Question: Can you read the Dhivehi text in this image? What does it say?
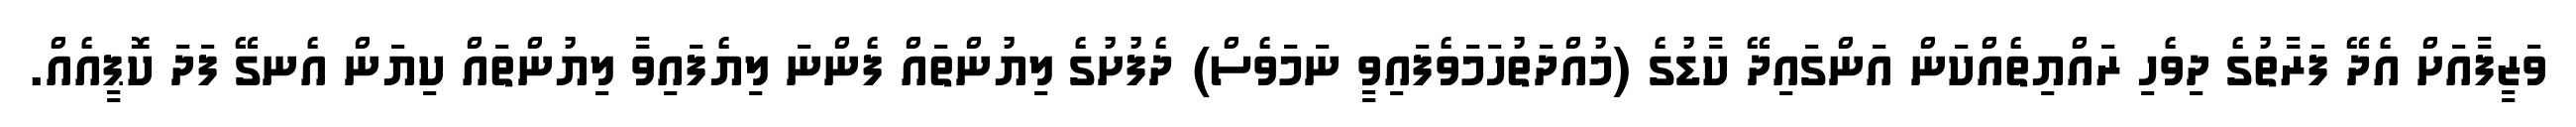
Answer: ވަޒީފާއަށް އެދޭ ފަރާތުގެ ދިވެހި ރައްޔިތެއްކަން އަންގައިދޭ ކާޑުގެ (މުއްދަތުހަމަވެފައިވީ ނަމަވެސް) ދެފުށުގެ ލިޔުންތައް ފެންނަ ލިޔެފައިވާ ލިޔުންތައް ކިޔަން އެނގޭ ފަދަ ކޮޕީއެއް.